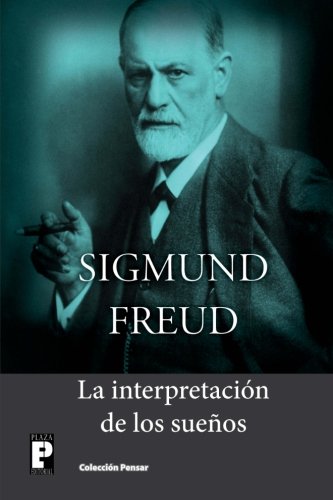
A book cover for La interpretaciÃ³n de los sueÃ±os (Spanish Edition); Sigmund Freud; Medical Books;